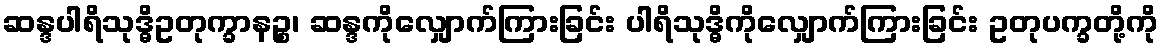
ဆန္ဒပါရိသုဒ္ဓိဥတုက္ခာနဉ္စ၊ ဆန္ဒကိုလျှောက်ကြားခြင်း ပါရိသုဒ္ဓိကိုလျှောက်ကြားခြင်း ဥတုပက္ခတို့ကို